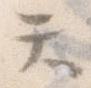
て